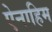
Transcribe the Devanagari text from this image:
ऐनाहिम